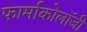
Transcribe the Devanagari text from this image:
फार्माकोलॉजी